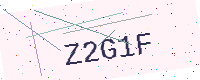
Text: Z2G1F